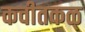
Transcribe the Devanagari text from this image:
कवीतकळ्